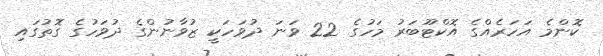
ކޮންމެ އަހަރެއްގެ އޮކްޓޫބަރު މަހުގެ 22 ވަނަ ދުވަހަކީ ޒުވާނުންގެ ދުވަހުގެ ގޮތުގައި